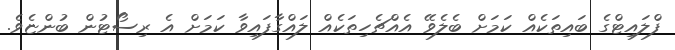
ފްލައިޓްގެ ބައިތަކެއް ކަމަށް ބެލެވޭ އެއްޗެހިތަކެއް ލައްގާފައިވާ ކަމަށް އެ ރިސޯޓުުން ބުންޏެވެ.